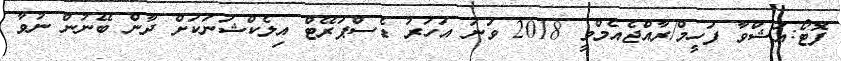
ފޮޓޯ:އަޝްވާ ފަހީމް/ރާއްޖެއެމްވީ 2018 ވަނަ އަހަރު ޑެސްޕަރޭޓް އިލެކްޝަނަކަށް ދާން ބޭނުން ނުވާ